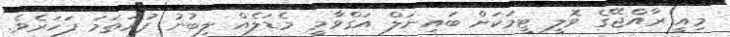
މިއީ ރާއްޖޭގެ ވޮލީ ޓީމަކަށް ބައިނަލް އަގްވާމީ މެޑަލެއް ލިބުނު ފުރަތަމަ ފަހަރެވެ.